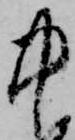
中